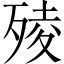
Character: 㱥